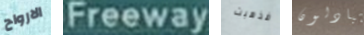
الارواح Freeway فذهبت يتبادلون